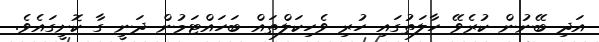
އަދި ބޭނުން ކުރެވޭ ހާލަތުގައި ހުރި ވެހިކަލްތައް ބަހައްޓަމުން ދަނީ ގާ ކޮށީގައެވެ.